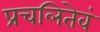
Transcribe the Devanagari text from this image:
प्रचलितेवं